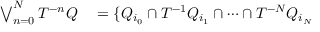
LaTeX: \begin{array} { r l } { \bigvee _ { n = 0 } ^ { N } T ^ { - n } Q } & { { } = \{ Q _ { i _ { 0 } } \cap T ^ { - 1 } Q _ { i _ { 1 } } \cap \cdots \cap T ^ { - N } Q _ { i _ { N } } } \end{array}